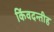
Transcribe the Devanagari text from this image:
किंवदन्तीह